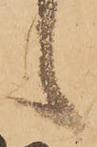
候